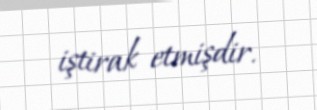
iştirak etmişdir.